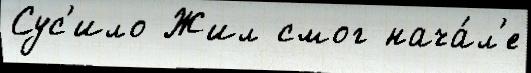
Сус'ило Жил смог нача́л'е